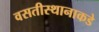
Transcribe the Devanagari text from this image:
वसतीस्थानाकडे